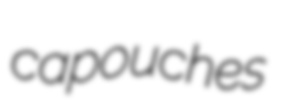
capouches